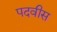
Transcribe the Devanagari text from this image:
पदवीस